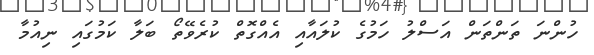
ހުންނަ ތަންތަން އަސްލު ހަމުގެ ކުލައާއި އެއްގޮތް ކުރެވޭތޯ ބަލާ ކަމުގައި ނިއުމާ